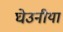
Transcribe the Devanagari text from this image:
घेउनीयां